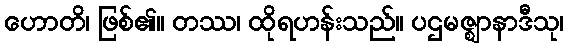
ဟောတိ၊ ဖြစ်၏။ တဿ၊ ထိုရဟန်းသည်။ ပဌမဇ္ဈာနာဒီသု၊